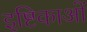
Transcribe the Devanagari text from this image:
इष्टिकाओं